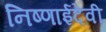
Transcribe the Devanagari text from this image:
निष्णाईदेवी